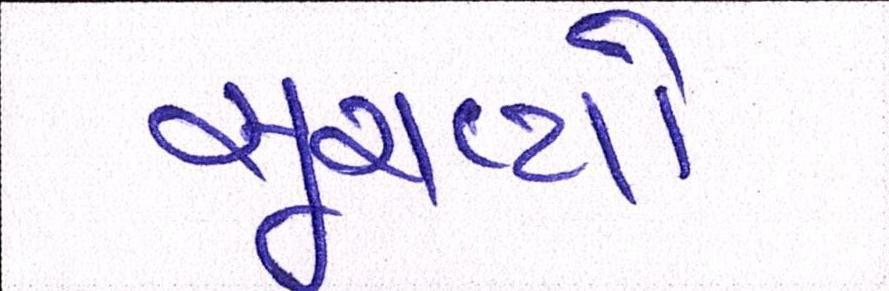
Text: સૂચવ્યો